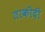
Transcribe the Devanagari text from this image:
ताकीदी